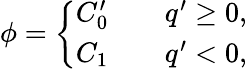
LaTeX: \phi=\left\{ \begin{array}{ll}{C_{0}^{\prime}}&{\quad q^{\prime}\geq 0,}\\ {C_{1}}&{\quad q^{\prime}<0,}\end{array}\right.